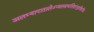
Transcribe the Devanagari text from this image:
अलभ्यापातालेऽप्यलसचलितांगुष्ठशिरसि।